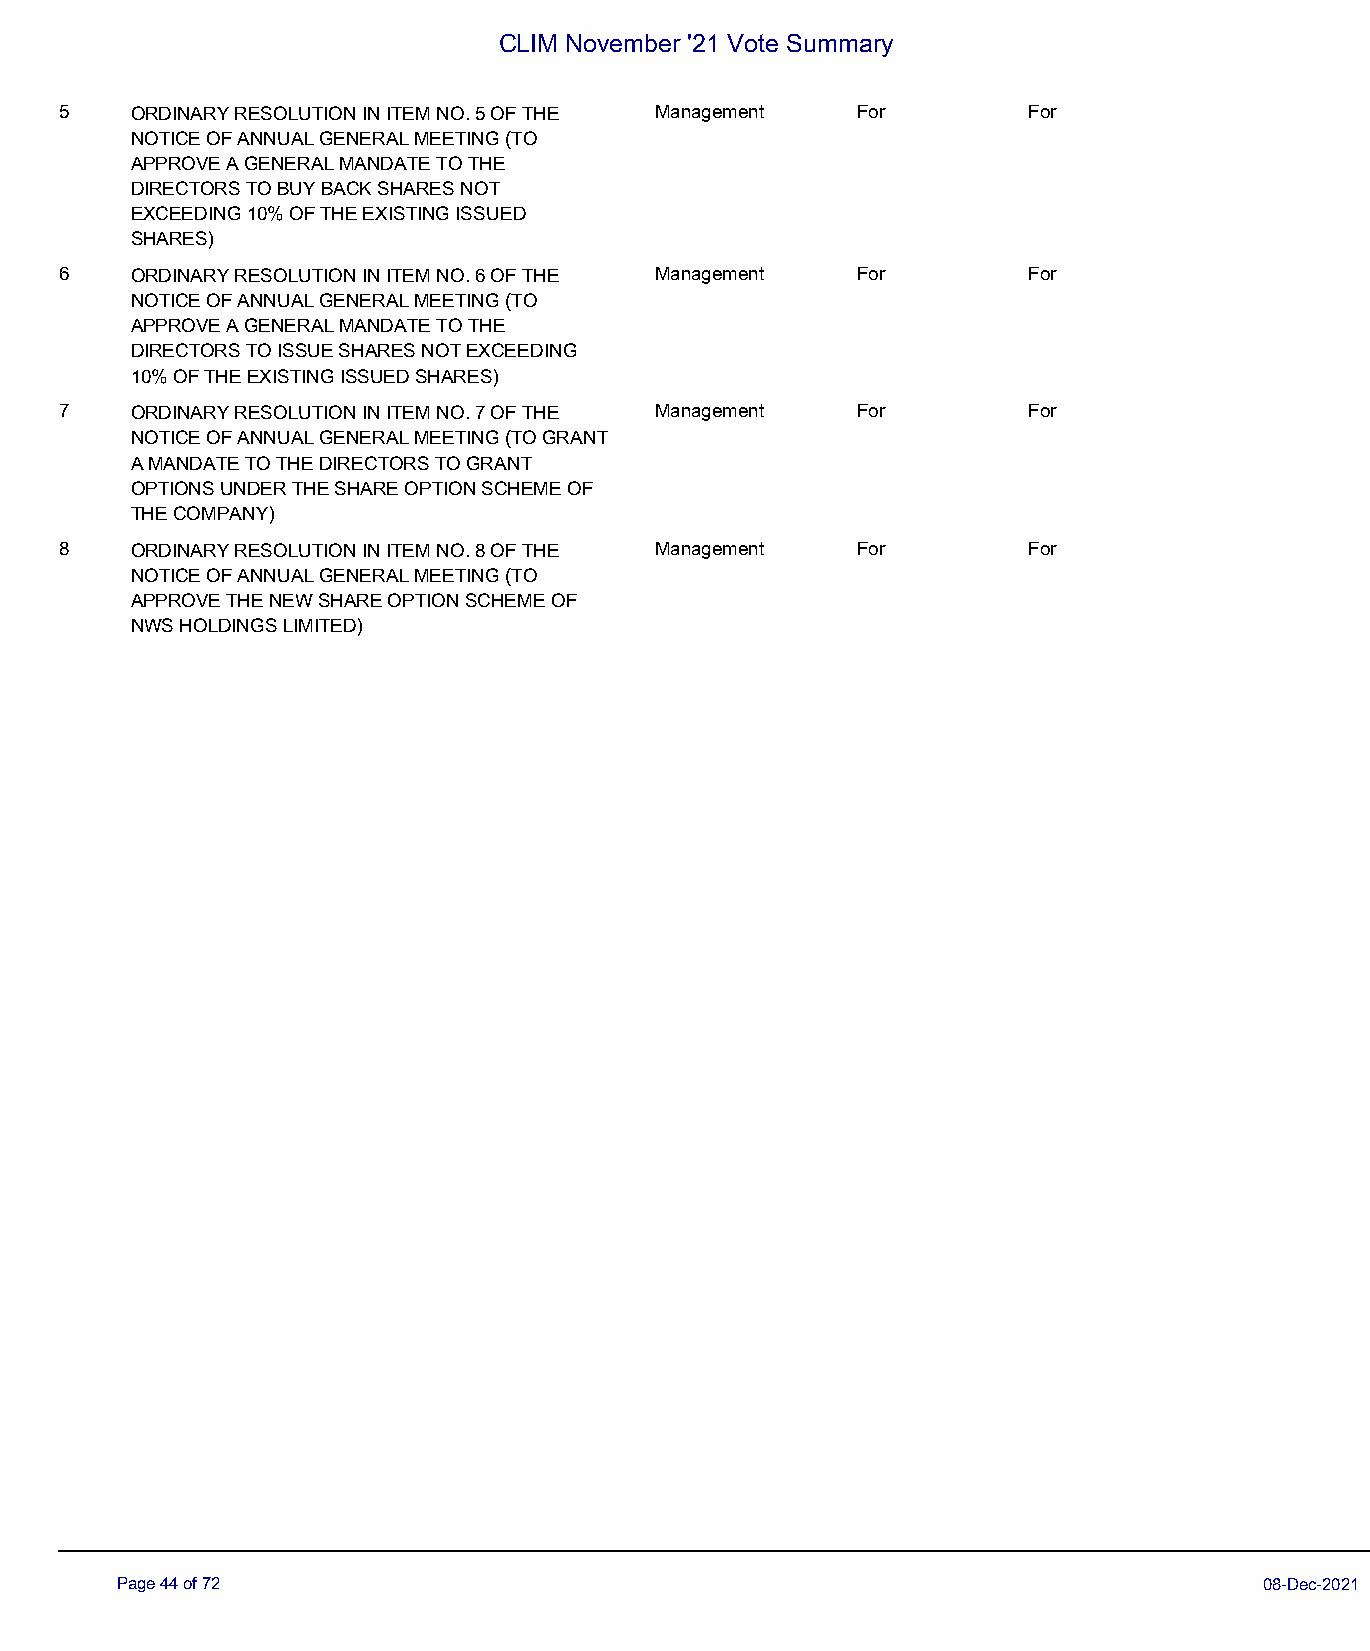
CLIM November '21 Vote Summary
 5    ORDINARY RESOLUTION IN ITEM NO. 5 OF THE Management For    For
 NOTICE OF ANNUAL GENERAL MEETING (TO
 APPROVE A GENERAL MANDATE TO THE
 DIRECTORS TO BUY BACK SHARES NOT
 EXCEEDING 10% OF THE EXISTING ISSUED
 SHARES)
 6    ORDINARY RESOLUTION IN ITEM NO. 6 OF THE Management For    For
 NOTICE OF ANNUAL GENERAL MEETING (TO
 APPROVE A GENERAL MANDATE TO THE
 DIRECTORS TO ISSUE SHARES NOT EXCEEDING
 10% OF THE EXISTING ISSUED SHARES)
 7    ORDINARY RESOLUTION IN ITEM NO. 7 OF THE Management For    For
 NOTICE OF ANNUAL GENERAL MEETING (TO GRANT
 A MANDATE TO THE DIRECTORS TO GRANT
 OPTIONS UNDER THE SHARE OPTION SCHEME OF
 THE COMPANY)
 8    ORDINARY RESOLUTION IN ITEM NO. 8 OF THE Management For    For
 NOTICE OF ANNUAL GENERAL MEETING (TO
 APPROVE THE NEW SHARE OPTION SCHEME OF
 NWS HOLDINGS LIMITED)
 Page 44 of 72                                                               08-Dec-2021